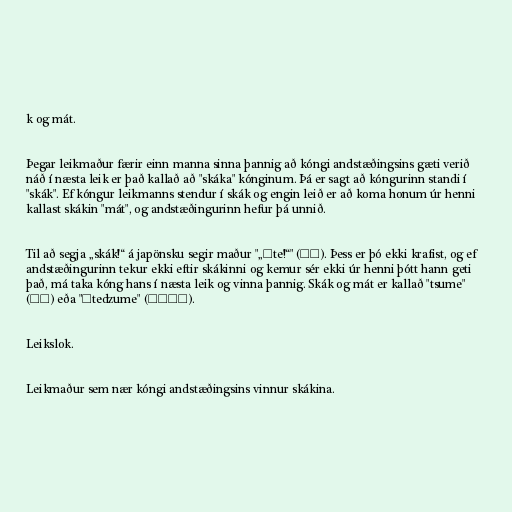
k og mát.

Þegar leikmaður færir einn manna sinna þannig að kóngi andstæðingsins gæti verið
náð í næsta leik er það kallað að "skáka" kónginum. Þá er sagt að kóngurinn standi í
"skák". Ef kóngur leikmanns stendur í skák og engin leið er að koma honum úr henni
kallast skákin "mát", og andstæðingurinn hefur þá unnið.

Til að segja „skák!“ á japönsku segir maður "„ōte!“" (王手). Þess er þó ekki krafist, og ef
andstæðingurinn tekur ekki eftir skákinni og kemur sér ekki úr henni þótt hann geti
það, má taka kóng hans í næsta leik og vinna þannig. Skák og mát er kallað "tsume"
(詰め) eða "ōtedzume" (王手詰め).

Leikslok.

Leikmaður sem nær kóngi andstæðingsins vinnur skákina.